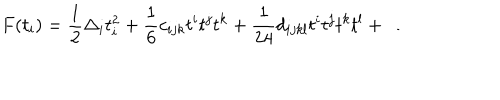
F ( t _ { i } ) = { \frac { 1 } { 2 } } \Delta _ { i } t _ { i } ^ { 2 } + { \frac { 1 } { 6 } } c _ { i j k } t ^ { i } t ^ { j } t ^ { k } + { \frac { 1 } { 2 4 } } d _ { i j k l } t ^ { i } t ^ { j } t ^ { k } t ^ { l } + \dots